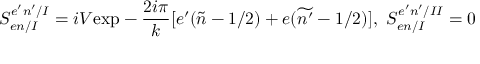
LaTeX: S _ { e n / I } ^ { e ^ { \prime } n ^ { \prime } / I } = i V \mathrm { e x p } - \frac { 2 i \pi } { k } [ e ^ { \prime } ( \widetilde { n } - 1 / 2 ) + e ( \widetilde { n ^ { \prime } } - 1 / 2 ) ] , \ S _ { e n / I } ^ { e ^ { \prime } n ^ { \prime } / I I } = 0